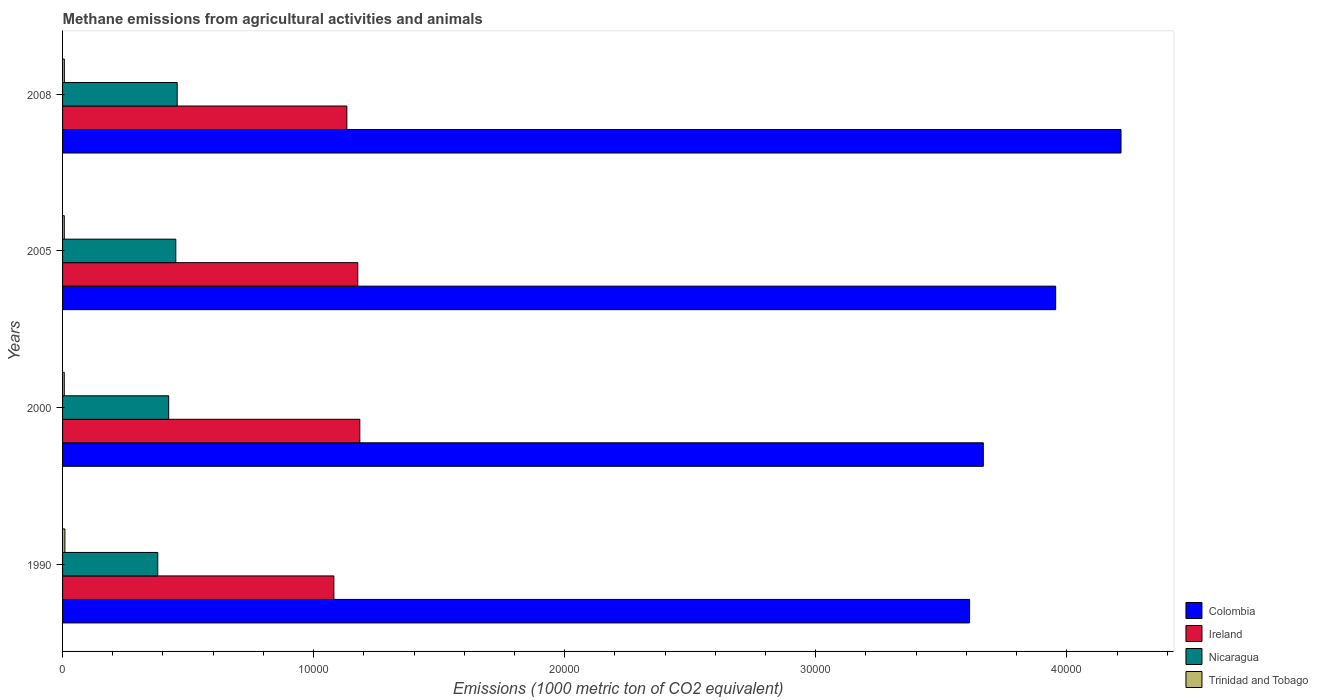
| Years | Colombia | Ireland | Nicaragua | Trinidad and Tobago |
 | --- | --- | --- | --- | --- |
 | 1990 | 3.61e+04 | 1.08e+04 | 3.79e+03 | 92.7 |
 | 2000 | 3.67e+04 | 1.18e+04 | 4.23e+03 | 68 |
 | 2005 | 3.96e+04 | 1.18e+04 | 4.51e+03 | 68.1 |
 | 2008 | 4.22e+04 | 1.13e+04 | 4.57e+03 | 71 |